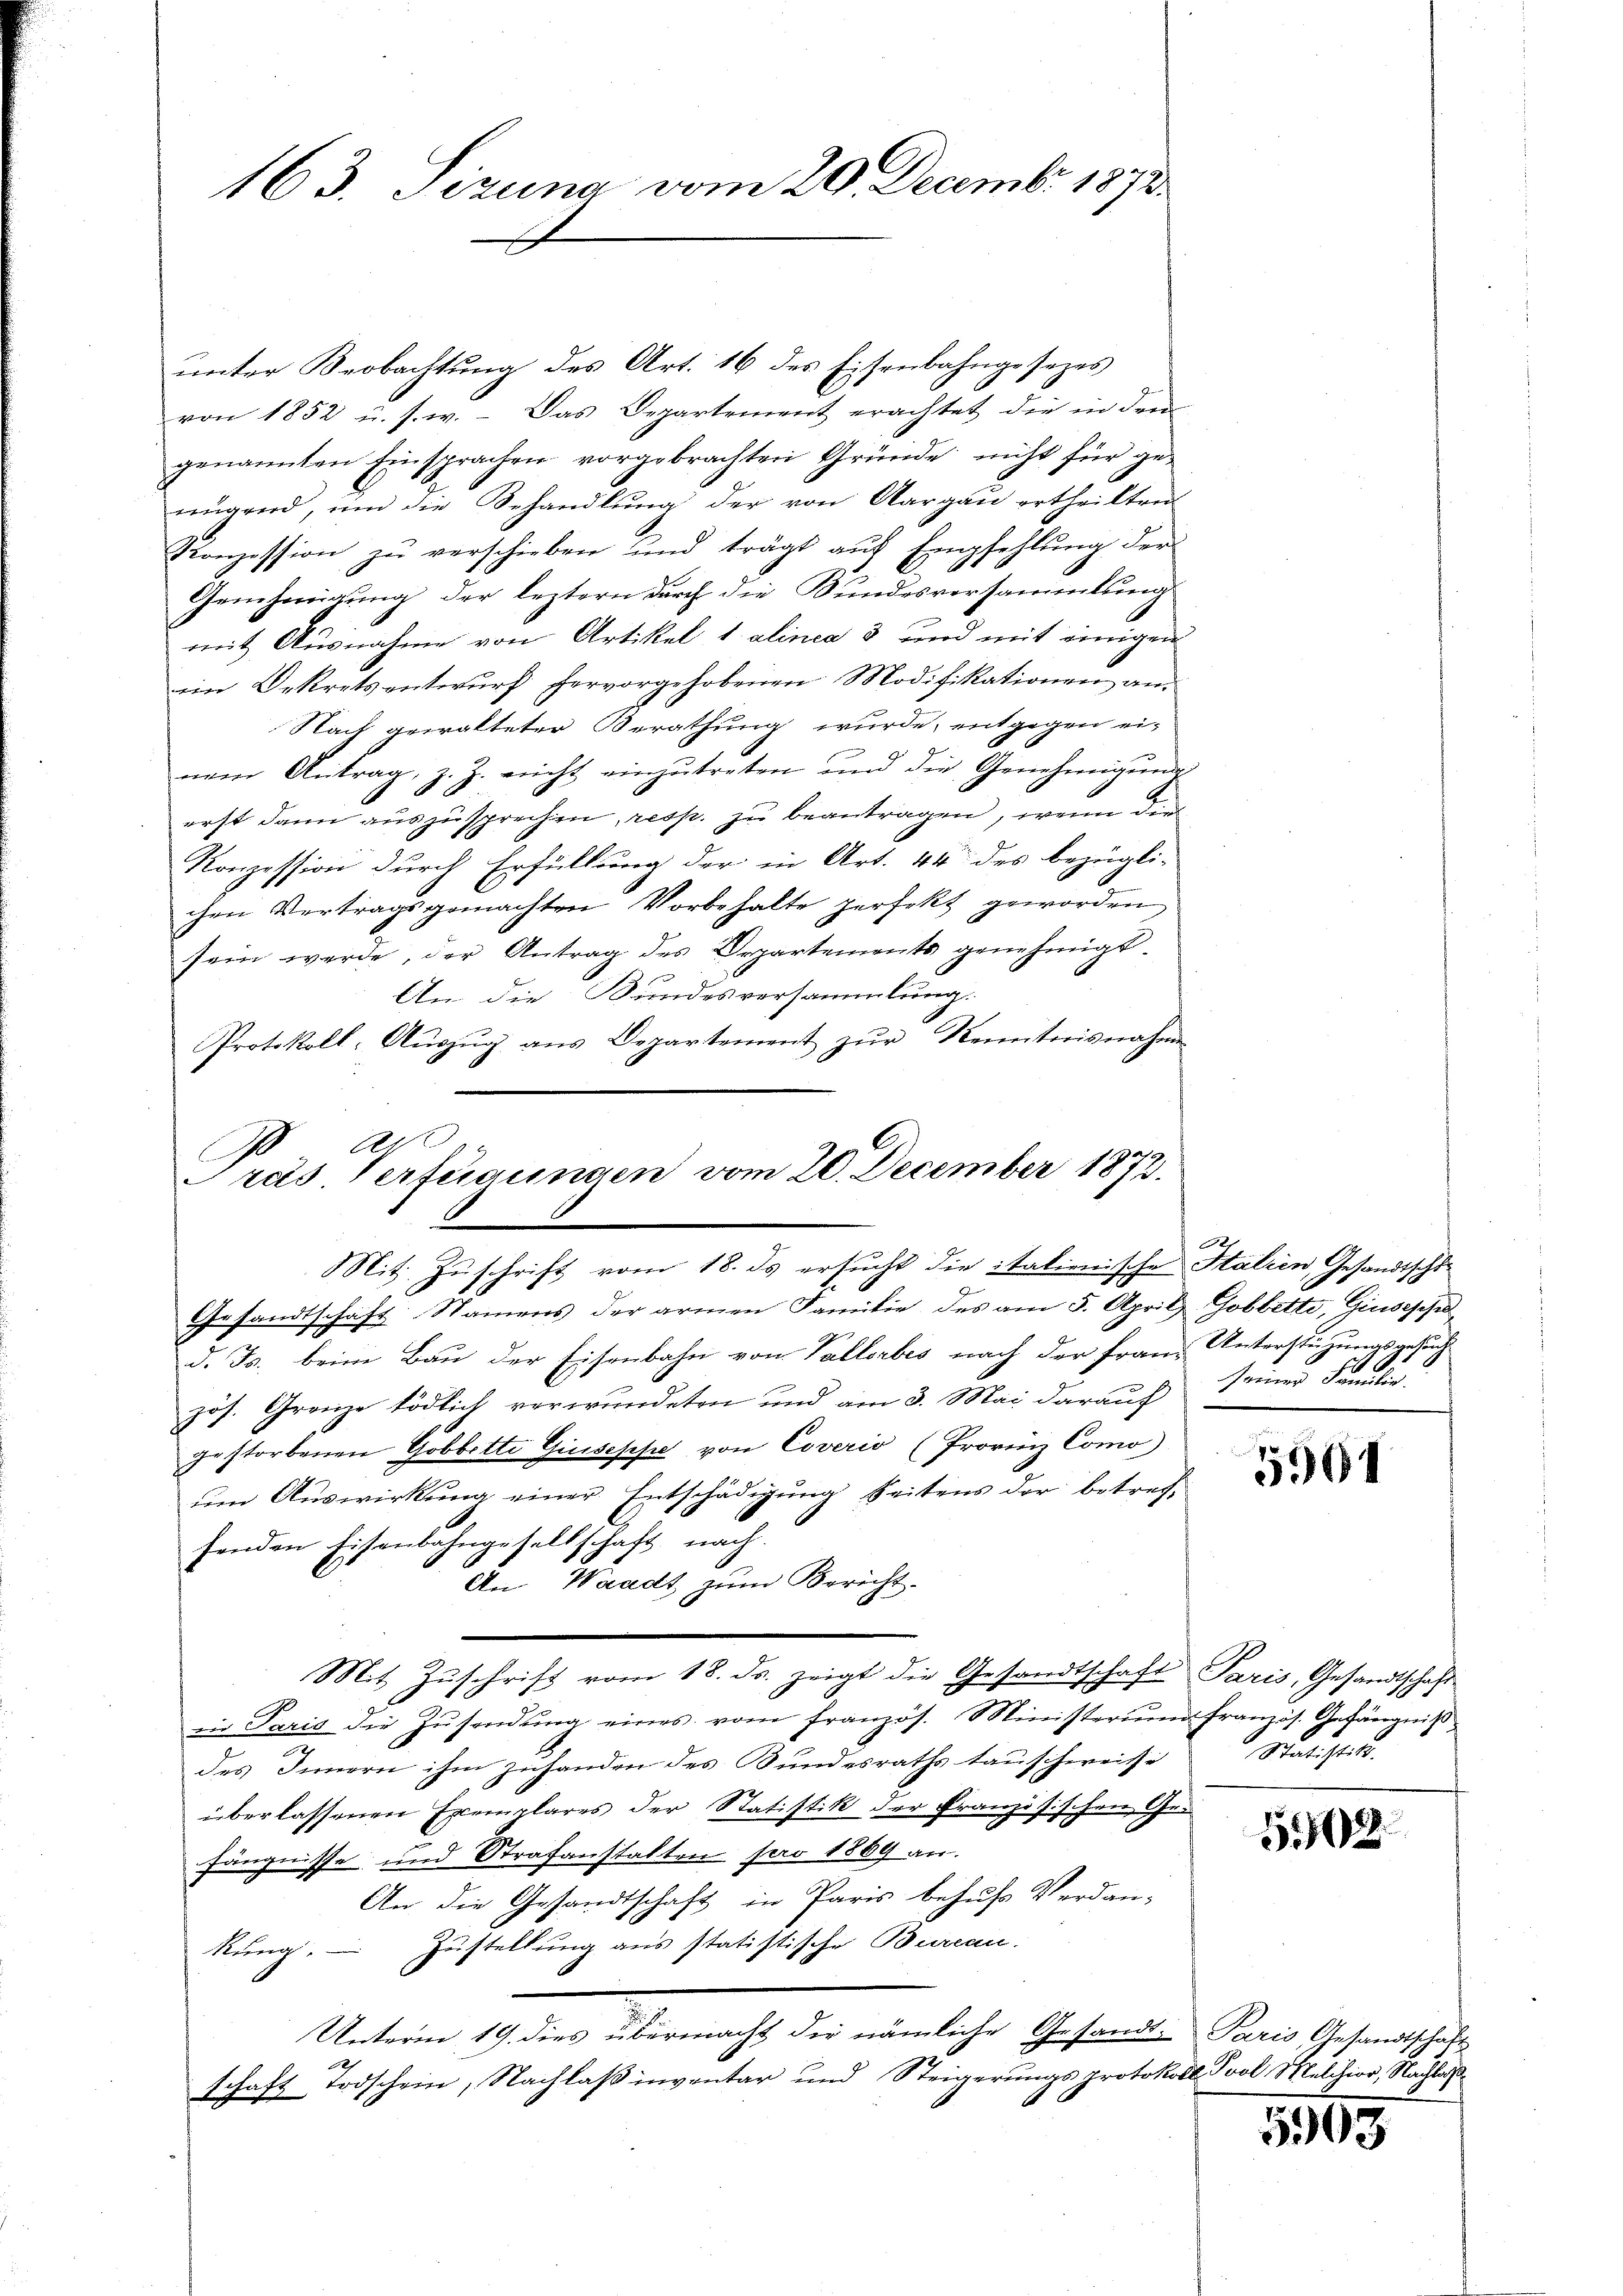
unter Beobachtung des Art. 16 des Eisenbahngesezes
von 1852 u. s. w. - Das Departement erachtet die in den
genannten Einsprachen vorgebrachten Gründe nicht für ge-
nügend, um die Behandlung der von Aargau ertheilten
Konzession zŭ verschieben und trägt aŭf Empfehlŭng der
Genehmigung der leztern durch die Bundesversammlungs
mit Ausnahme von Artikel 1 alinea 3 und mit einigen
ein Dekrets entwurf hervorgehobenen Modifikationen an
Nach gewalteter Berathung wurde, entgegen ei-
nem Antrag, z. Z. nicht einzutreten und die Genehmigung
6
erst dann auszusprechen, resp. zu beantragen, wenn die
Konzession durch Erfüllung der in Art. 44 des bezügli-
chen Vertragsgemachten Vorbehalte perfekt geworden
sein werde, der Antrag des Departements genehmigt.
An die Bundesversammlung.
Protokoll- Aŭszŭg ans Departement zŭr Kenntnisnahme

Ar
de
E
Pras Verfügungen vom 20. December 1812.
Mit Zuschrift vom 18. ds ersucht die italienische Stalien, Gesandtschi-
Gesandtschaft Namens der armen Familie des am 5. April Gobbetto, Giusepped. Js. beim Bau der Eisenbahn von Vallerbes nach der Franz Unterstützungsgesuch¬

163. Sizung vom 20. Decembr. 1873.

zös. Grenze tödlich verwundeten und am 3. Mai darauf
gestorbenen Gobbette Giuseppe von Coverio (Provinz Como

um Auswirkung einer Entschädigung beitens der betref-

fenden Eisenbahngesellschaft nach.
An Waadt zum Bericht.
Mit Zuschrift vom 18. ds. zeigt die Gesandtschaft Paris, Gesandtschaft
in Paris die Zŭsendŭng eines vom französ. Ministeriŭm französ. Gefängniß
des Innern ihm zuhanden des Bundesraths tauschweisse
überlassenen Exemplares der Statistik der Französischen Gefängnisse und Strafanstalten pro 1869 an.
An die Gesandtschaft in Paris behufs Verdankung. Zustellung aus statistische Bureau.
Unterm 19. dies übermacht die nämliche Gesandt Paris Gesandtschaft
12
schaft Todschein, Nachlaß inventar und Steigerungsprotokoll vol Melchior, Nachlas

t
7
seiner Familie.

Statistik.

5961

G1798.

5903